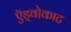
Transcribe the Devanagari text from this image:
ऍड्वोकाट